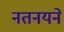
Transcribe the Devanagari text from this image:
नतनयने